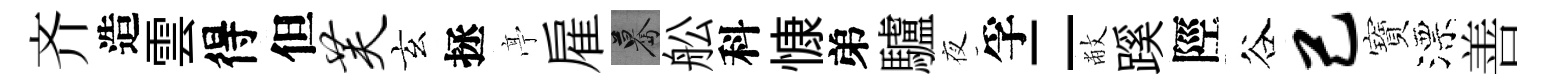
齐造雲得但芙玄拯𠅘雇驀舩科慷弟驢夜孚二敝蹊陘谷己寶漂善